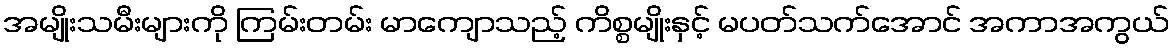
အမျိုးသမီးများကို ကြမ်းတမ်း မာကျောသည့် ကိစ္စမျိုးနှင့် မပတ်သက်အောင် အကာအကွယ်